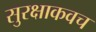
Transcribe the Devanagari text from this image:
सुरक्षाकवच